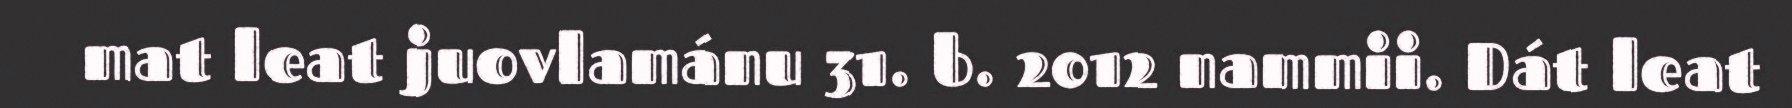
mat leat juovlamánu 31. b. 2012 nammii. Dát leat